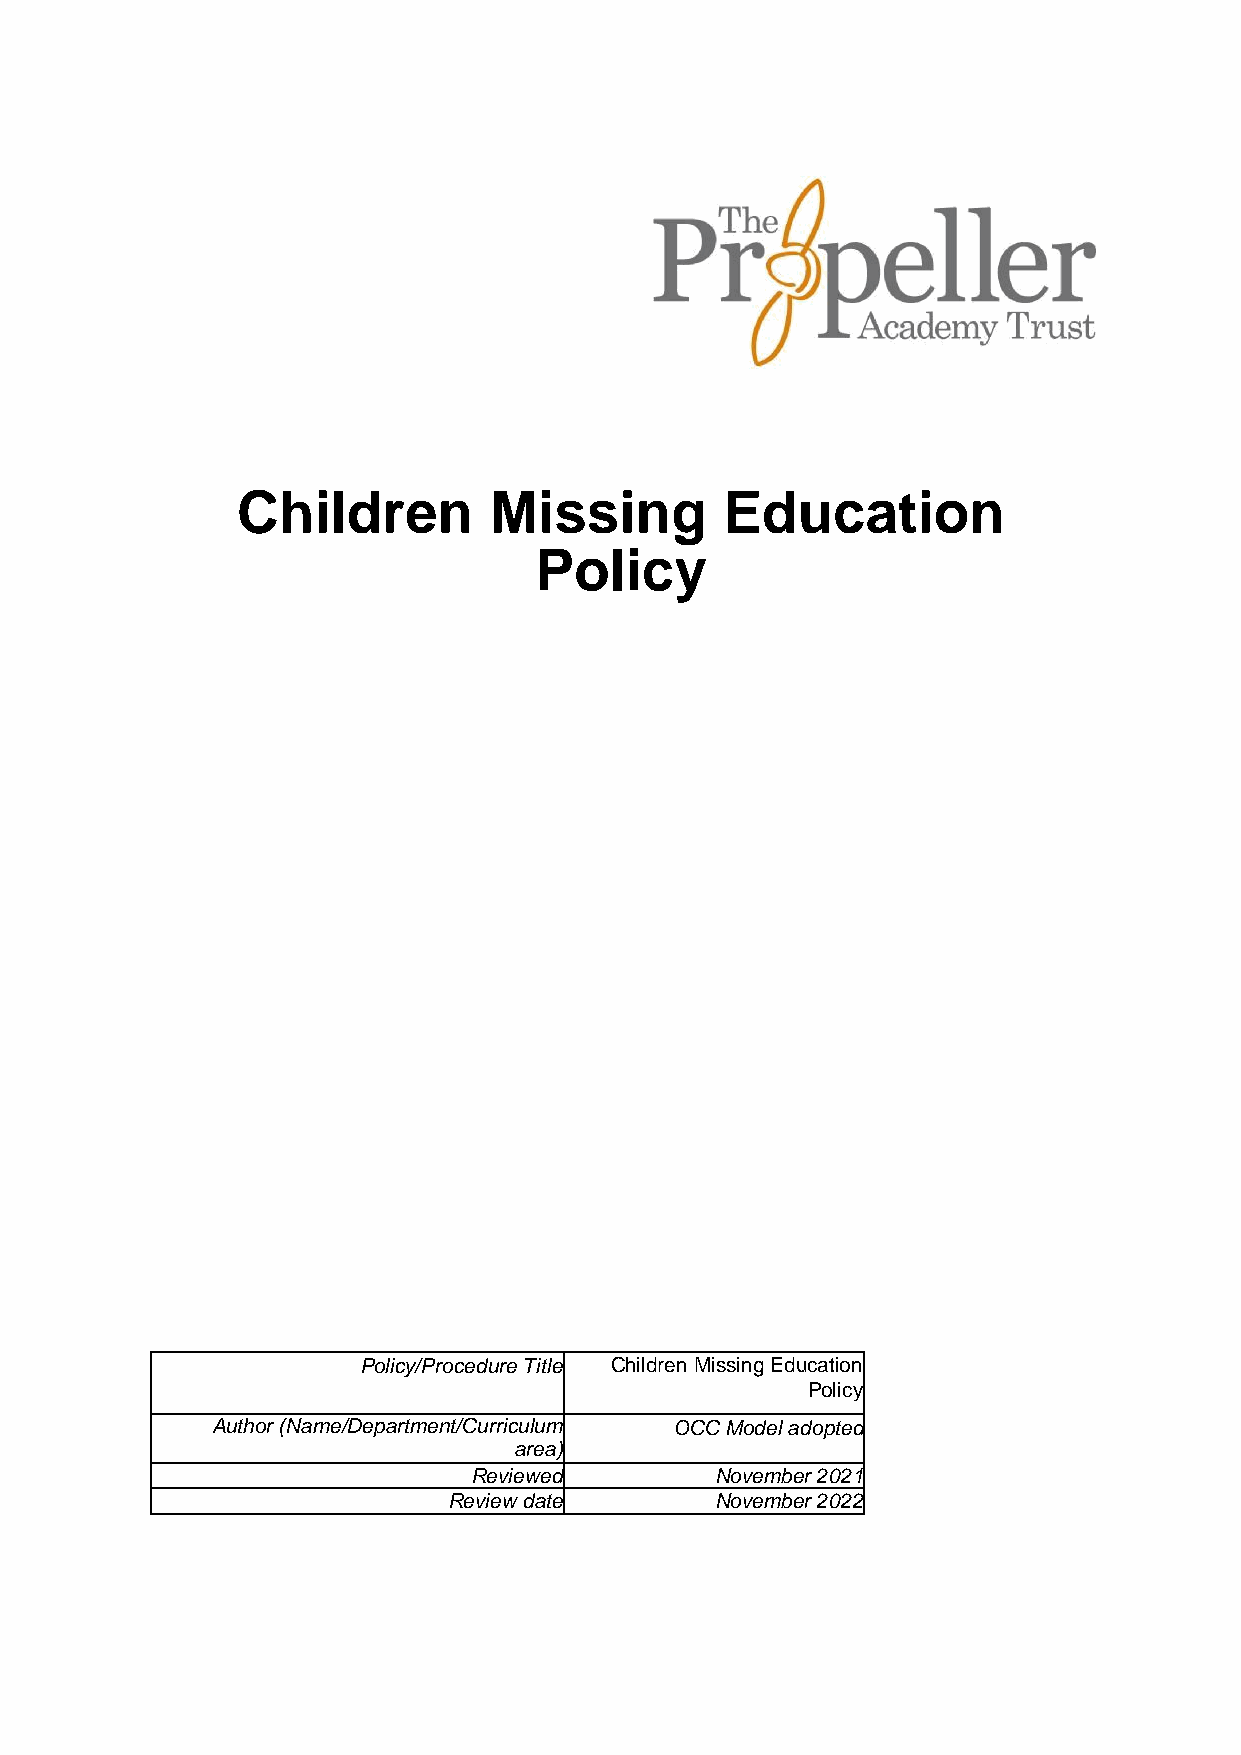
Children        Missing         Education
 Policy
 Policy/Procedure Title Children Missing Education
 Policy
 Author (Name/Department/Curriculum OCC Model adopted
 area)
 Reviewed        November 2021
 Review date      November 2022